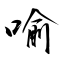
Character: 喻